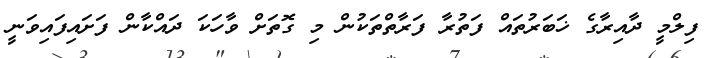
ފިލްމީ ދާއިރާގެ ޚަބަރުތައް ފަތުރާ ފަރާތްތަކުން މި ގޮތަށް ވާހަކަ ދައްކާން ފަށައިފައިވަނީ